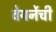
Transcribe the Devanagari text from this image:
वेयर्नेची